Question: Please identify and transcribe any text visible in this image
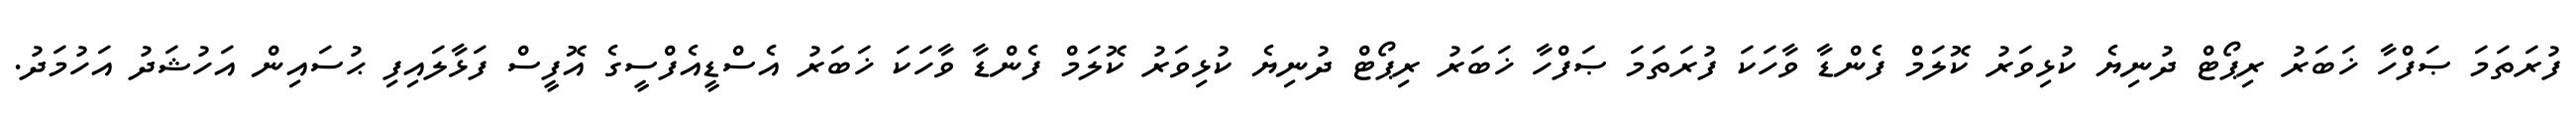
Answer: ފުރަތަމަ ޞަފްހާ ޚަބަރު ރިޕޯޓް ދުނިޔެ ކުޅިވަރު ކޮލަމް ފެންޑާ ވާހަކަ ފުރަތަމަ ޞަފްހާ ޚަބަރު ރިޕޯޓް ދުނިޔެ ކުޅިވަރު ކޮލަމް ފެންޑާ ވާހަކަ ޚަބަރު އެސްޑީއެފްސީގެ އޮފީސް ފަޅާލައިފި ޙުސައިން އަހުޝަދު އަހުމަދު.